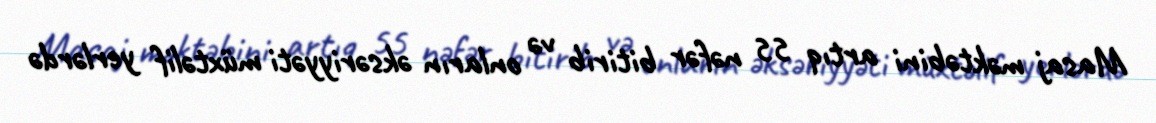
Masaj məktəbini artıq 55 nəfər bitirib və onların əksəriyyəti müxtəlif yerlərdə